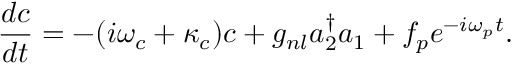
\frac { d c } { d t } = - ( i \omega _ { c } + \kappa _ { c } ) c + g _ { n l } a _ { 2 } ^ { \dagger } a _ { 1 } + f _ { p } e ^ { - i \omega _ { p } t } .